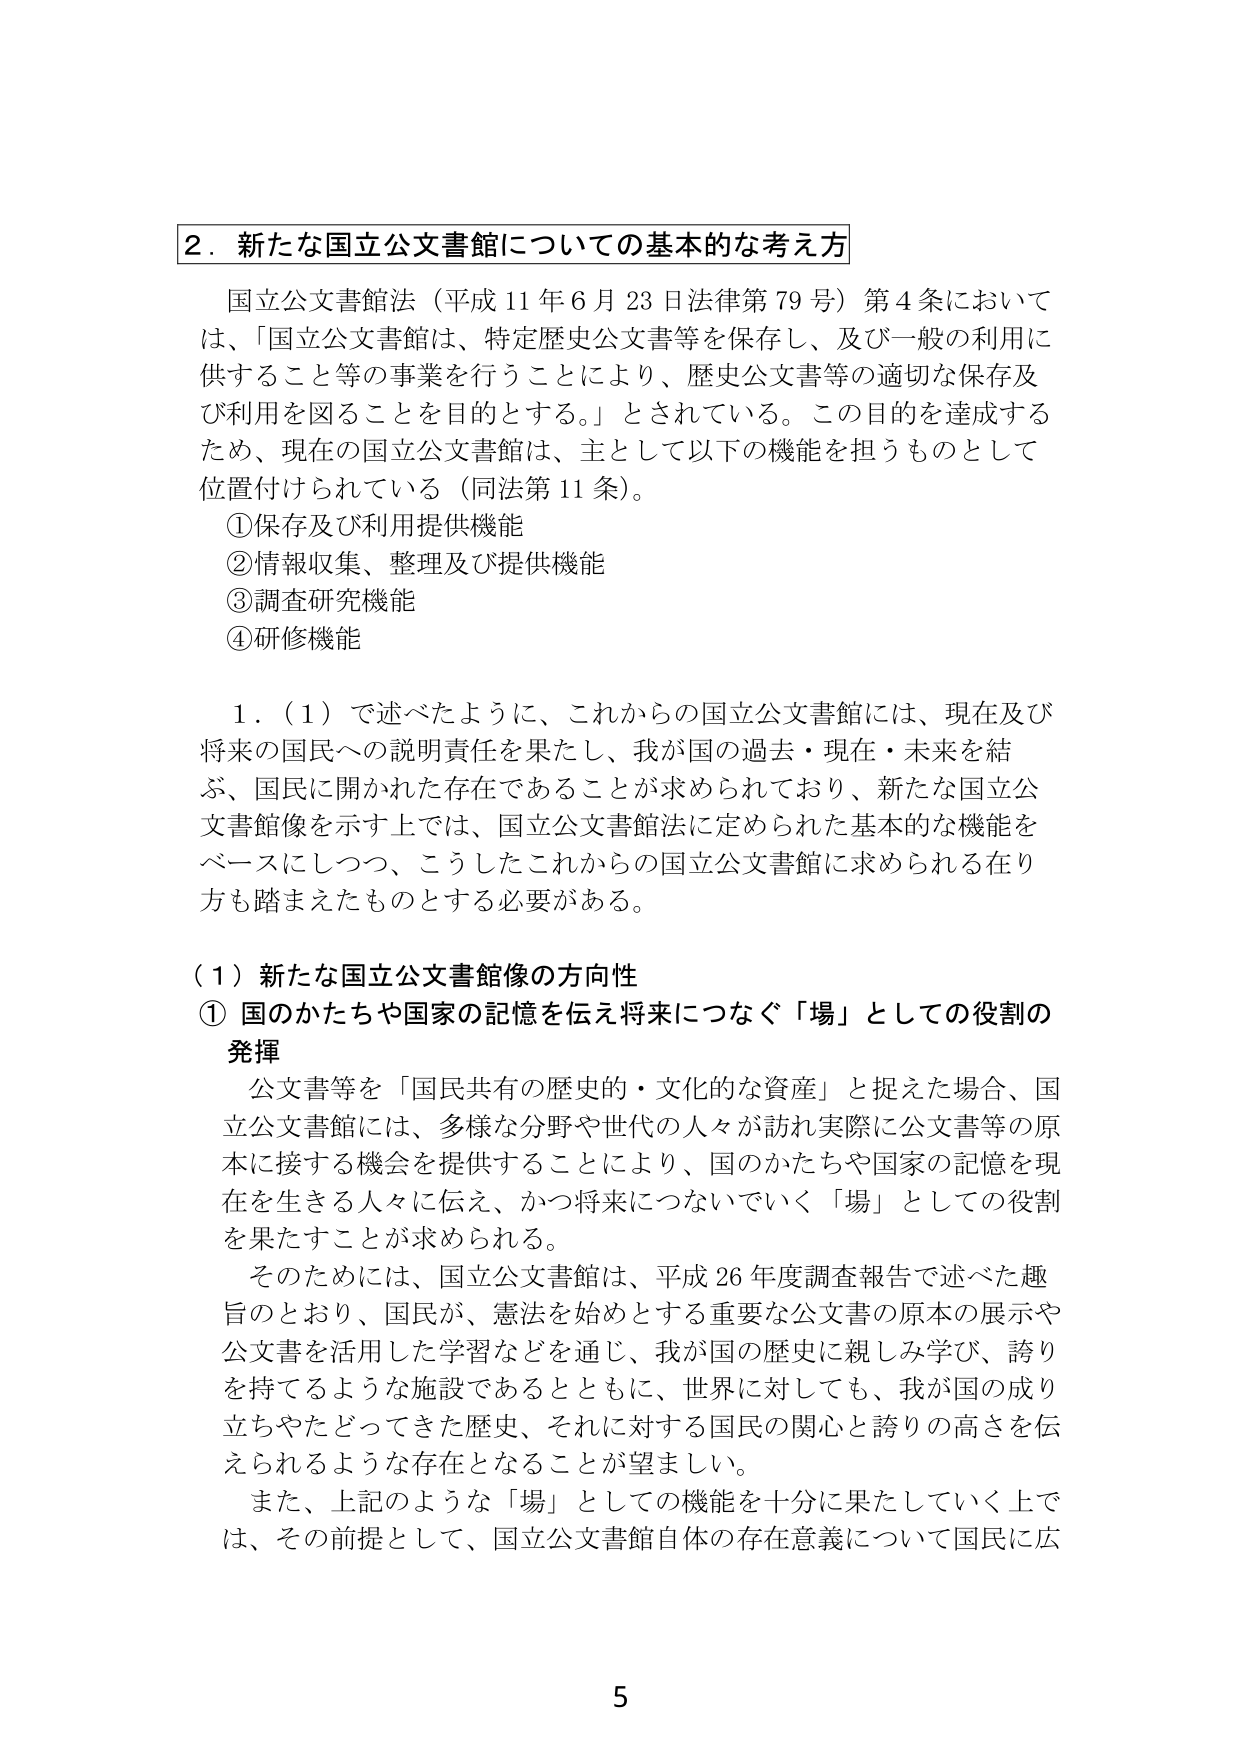
2．新たな国立公文書館についての基本的な考え方

国立公文書館法（平成11年6月23日法律第79号）第4条においては、「国立公文書館は、特定歴史公文書等を保存し、及び一般の利用に供すること等の事業を行うことにより、歴史公文書等の適切な保存及び利用を図ることを目的とする。」とされている。この目的を達成するため、現在の国立公文書館は、主として以下の機能を担うものとして位置付けられている（同法第11条）。
①保存及び利用提供機能
②情報収集、整理及び提供機能
③調査研究機能
④研修機能

1．（1）で述べたように、これからの国立公文書館には、現在及び将来の国民への説明責任を果たし、我が国の過去・現在・未来を結ぶ、国民に開かれた存在であることが求められており、新たな国立公文書館像を示す上では、国立公文書館法に定められた基本的な機能をベースにしつつ、こうしたこれからの国立公文書館に求められる在り方も踏まえたものとする必要がある。

（1）新たな国立公文書館像の方向性
① 国のかたちや国家の記憶を伝え将来につなぐ「場」としての役割の発揮

公文書等を「国民共有の歴史的・文化的な資産」と捉えた場合、国立公文書館には、多様な分野や世代の人々が訪れ実際に公文書等の原本に接する機会を提供することにより、国のかたちや国家の記憶を現在を生きる人々に伝え、かつ将来につないでいく「場」としての役割を果たすことが求められる。

そのためには、国立公文書館は、平成26年度調査報告で述べた趣旨のとおり、国民が、憲法を始めとする重要な公文書の原本の展示や公文書を活用した学習などを通じ、我が国の歴史に親しみ学び、誇りを持てるような施設であるとともに、世界に対しても、我が国の成り立ちやたどってきた歴史、それに対する国民の関心と誇りの高さを伝えられるような存在となることが望ましい。

また、上記のような「場」としての機能を十分に果たしていく上では、その前提として、国立公文書館自体の存在意義について国民に広

5